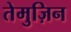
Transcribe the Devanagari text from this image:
तेमुज़िन